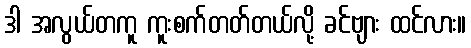
ဒါ အလွယ်တကူ ကူးစက်တတ်တယ်လို့ ခင်ဗျား ထင်လား။